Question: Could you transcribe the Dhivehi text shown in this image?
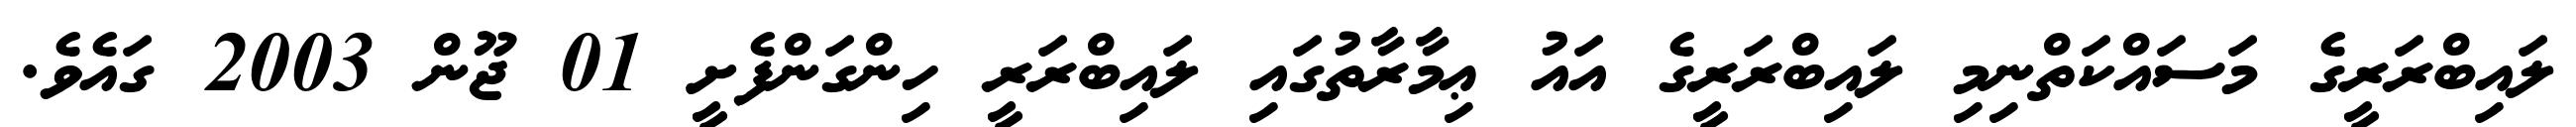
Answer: ލައިބްރަރީގެ މަސައްކަތްނިމި ލައިބްރަރީގެ އައު ޢިމާރާތުގައި ލައިބްރަރީ ހިންގަންފެށީ 01 ޖޫން 2003 ގައެވެ.